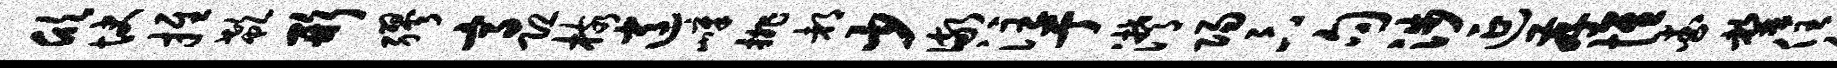
欣快推欷形缪高恐核逍嶂排都少儆注亍潸阳卞句涉延存惟查罄住解